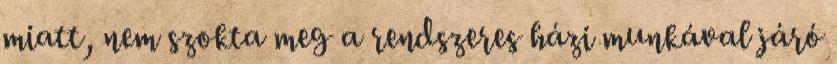
miatt, nem szokta meg a rendszeres házi munkával járó